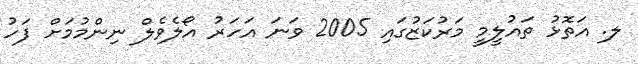
ލ. އަތޮޅު ތައުލީމީ މަރުކަޒުގައި 2005 ވަނަ އަހަރު އޯލެވެލް ނިންމުމަށް ފަހު